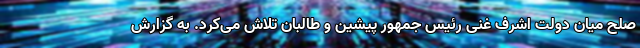
صلح میان دولت اشرف غنی رئیس جمهور پیشین و طالبان تلاش می‌کرد. به گزارش